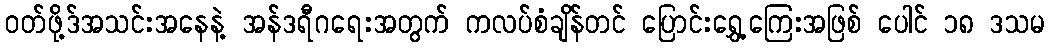
ဝတ်ဖို့ဒ်အသင်းအနေနဲ့ အန်ဒရီဂရေးအတွက် ကလပ်စံချိန်တင် ပြောင်းရွှေ့ကြေးအဖြစ် ပေါင် ၁၈ ဒသမ